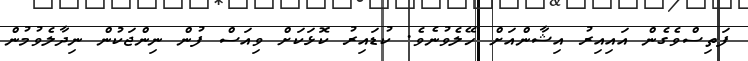
ފަތިސްވެގެން އައިއިރު އިޝާންއަށް ހޭލެވުނެވެ. ކުޑައިރު ކޮޅަކަށް ވިއަސް ފުން ނިންޖަކުން ނިދާލެވުމުން